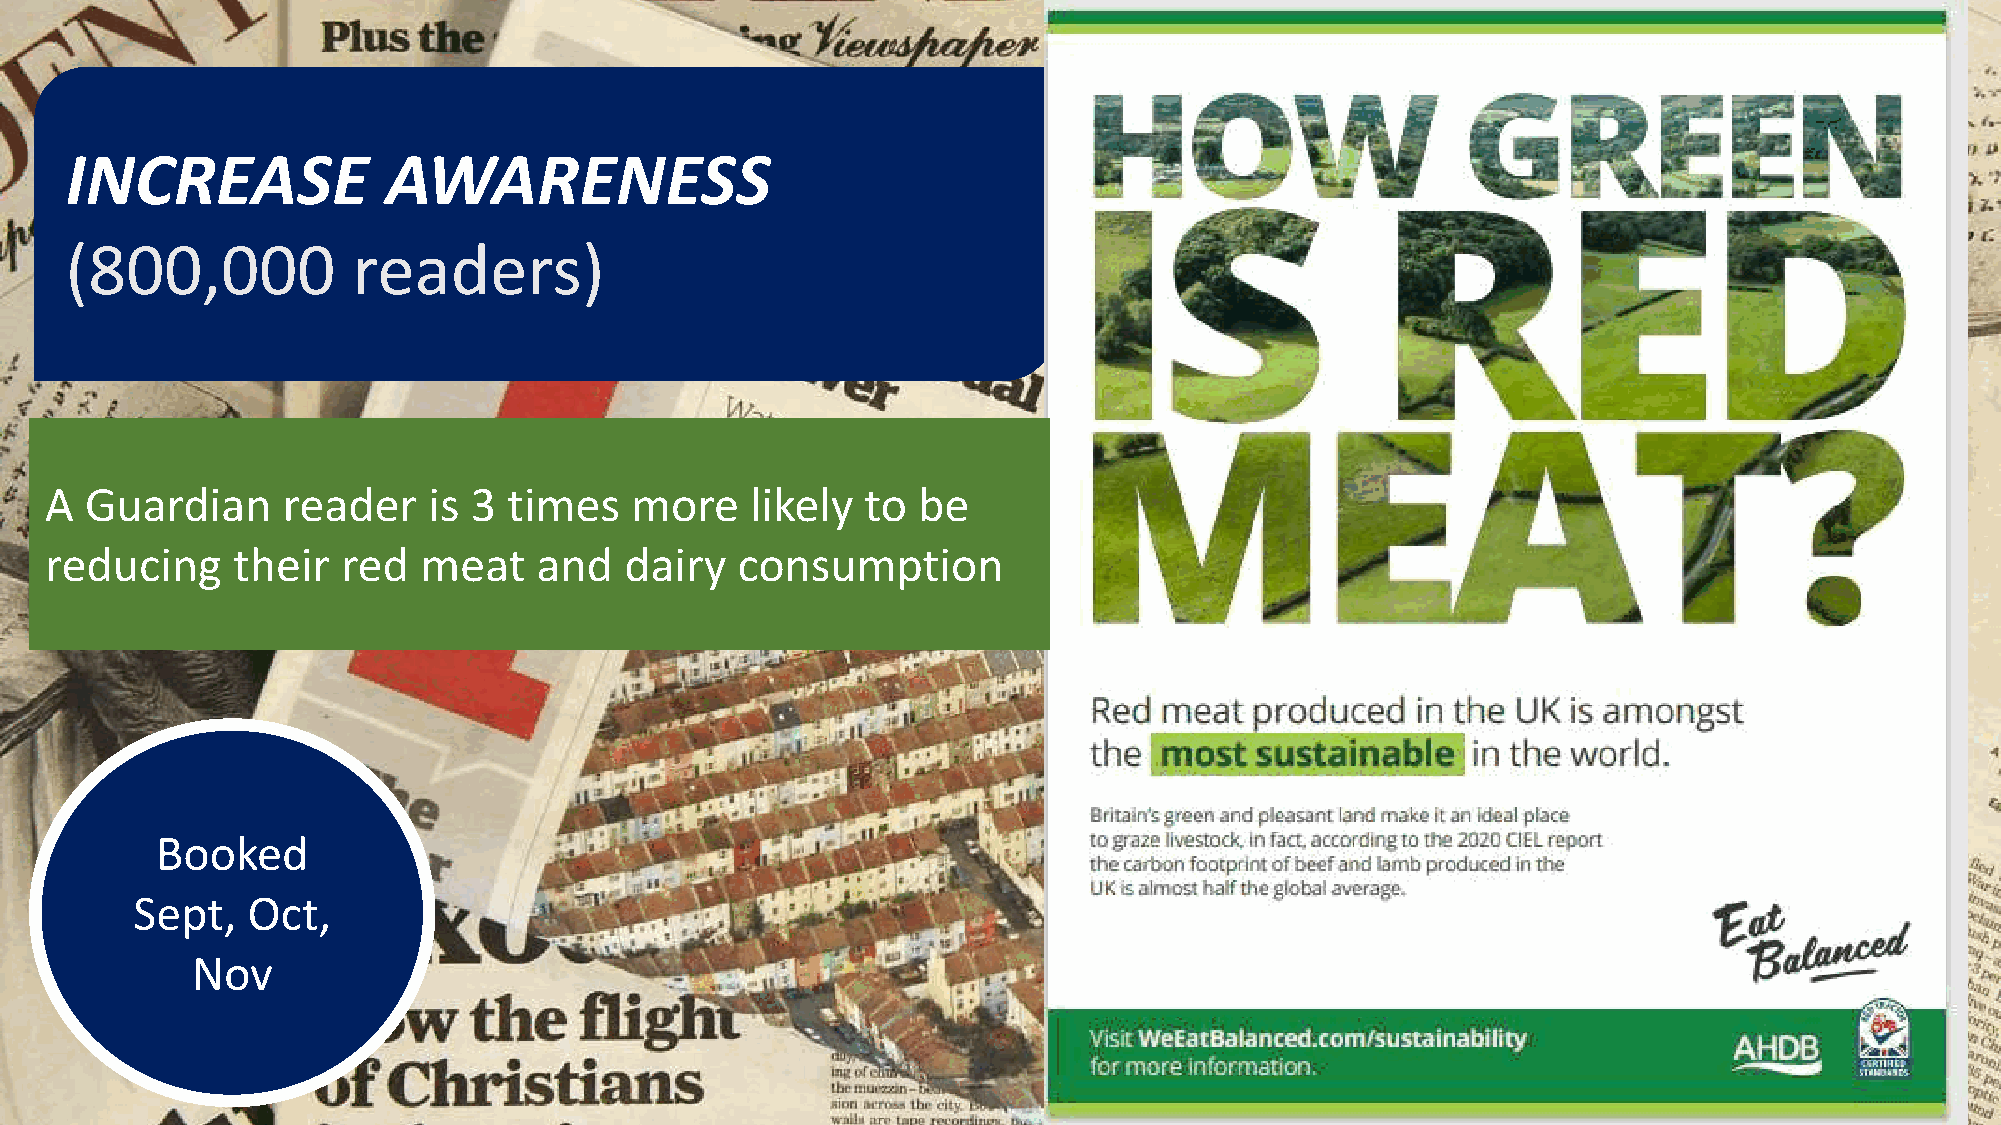
GUARDIAN
 INCREASE              AWARENESS
 (800,000           readers)
 A  Guardian     reader   is 3  times   more    likely to  be
 reducing    their   red  meat    and  dairy   consumption
 Booked
 Sept,  Oct,
 Nov